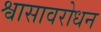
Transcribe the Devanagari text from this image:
श्वासावरोधन